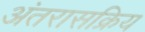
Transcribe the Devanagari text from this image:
अंतरासक्रिय